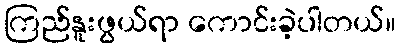
ကြည်နူးဖွယ်ရာ ကောင်းခဲ့ပါတယ်။